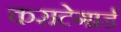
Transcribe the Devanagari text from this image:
कराटेगार्ड